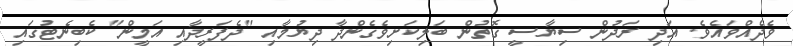
ވެދެއްވައެވެ. އަދި ރަދުން ސިޔާސީ ގޮތުން ބަލިކަށިވެގެންދާ ދިޔުމާއި "ދެފަރީދާއި އަމީން" ކެބިނެޓުގައި